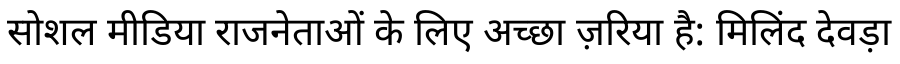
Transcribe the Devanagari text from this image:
सोशल मीडिया राजनेताओं के लिए अच्छा ज़रिया है: मिलिंद देवड़ा